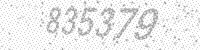
Solution: 835379